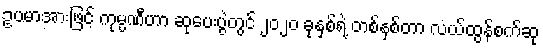
ဥပမာအားဖြင့် ကုမ္ပဏီဟာ ဆုပေးပွဲတွင် ၂၀၂၀ ခုနှစ်ရဲ့ တစ်နှစ်တာ လယ်ထွန်စက်ဆု